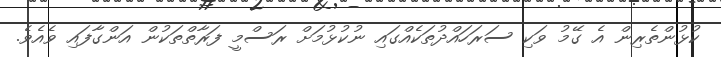
ކުޅުންތެރިން އެ ގޭމު ވަކި ސަރަހައްދުތަކެއްގައި ނުކުޅުމަށް ރަސްމީ ފަރާތްތަކުން އަންގާފައި ވެއެވެ.